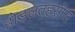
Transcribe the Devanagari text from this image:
होडलतहसील